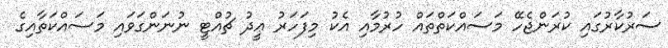
ސަރުކާރުގައި ކުރަންޖެހޭ މަސައްކަތްތައް ހުރުމާއި އެކު މިފަހަރު ޢީދު ޗުއްޓީ ނުނަންގަވައި މަސައްކަތާއިގެ